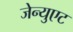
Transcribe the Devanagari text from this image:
जेन्युएट